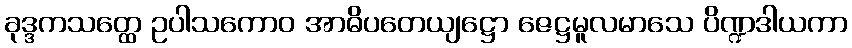
ခုဒ္ဒကသတ္ထေ ဥပါသကောဝ အာဓိပတေယျဋ္ဌော ဇေဋ္ဌမူလမာသေ ပိဏ္ဍဒါယကာ